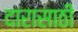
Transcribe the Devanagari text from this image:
दारासाठी